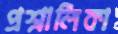
প্রশ্নালিকা